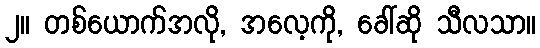
၂။ တစ်ယောက်အလို, အလေ့ကို, ခေါ်ဆို သီလသာ။